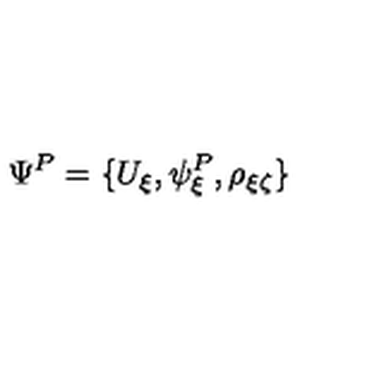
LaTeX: \Psi ^ { P } = \{ U _ { \xi } , \psi _ { \xi } ^ { P } , \rho _ { \xi \zeta } \}